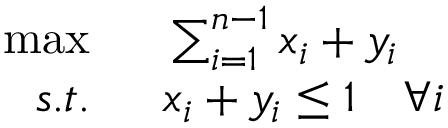
\begin{array} { r l } { \operatorname* { m a x } \; \; } & { { } \sum _ { i = 1 } ^ { n - 1 } x _ { i } + y _ { i } } \\ { s . t . \; \; } & { { } x _ { i } + y _ { i } \leq 1 \quad \forall i } \end{array}